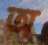
অ